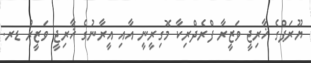
ޔޫރަޕްގެ ޚާރިޖީ ވަޒީރާ ފްރެދްރިކާ މޮގިރީނީ އާއި އީރާނުގެ ޚާރިޖީ ވަޒީރު ޑރ.